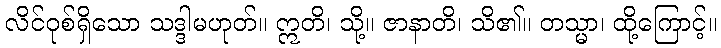
လိင်ဝုစ်ရှိသော သဒ္ဒါမဟုတ်။ ဣတိ၊ သို့။ ဇာနာတိ၊ သိ၏။ တသ္မာ၊ ထို့ကြောင့်။